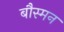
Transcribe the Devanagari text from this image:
बौस्मन